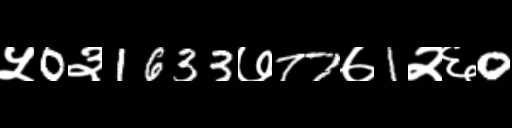
Text: ५0३1633७77७1२६0